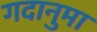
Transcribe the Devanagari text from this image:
गदानुमा